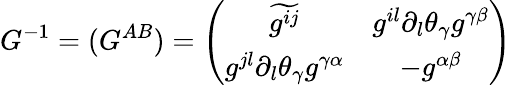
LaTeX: G^{-1}=(G^{AB})=\left(\begin{array}{cc}{{\widetilde{{g}^{ij}}}}&{{g^{il}\partial_{l}\theta_{\gamma}g^{\gamma\beta}}}\\ {{g^{jl}\partial_{l}\theta_{\gamma}g^{\gamma\alpha}}}&{{-g^{\alpha\beta}}}\end{array}\right)